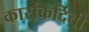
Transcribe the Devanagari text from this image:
कारकिर्दिची